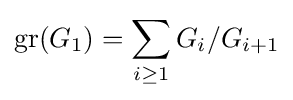
\operatorname {gr} (G_{1})=\sum _{i\geq 1}G_{i}/G_{i+1}